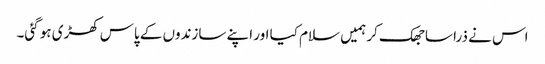
اس نے ذرا سا جھک کر ہمیں سلام کیا اور اپنے سازندوں کے پاس کھڑی ہو گئی۔